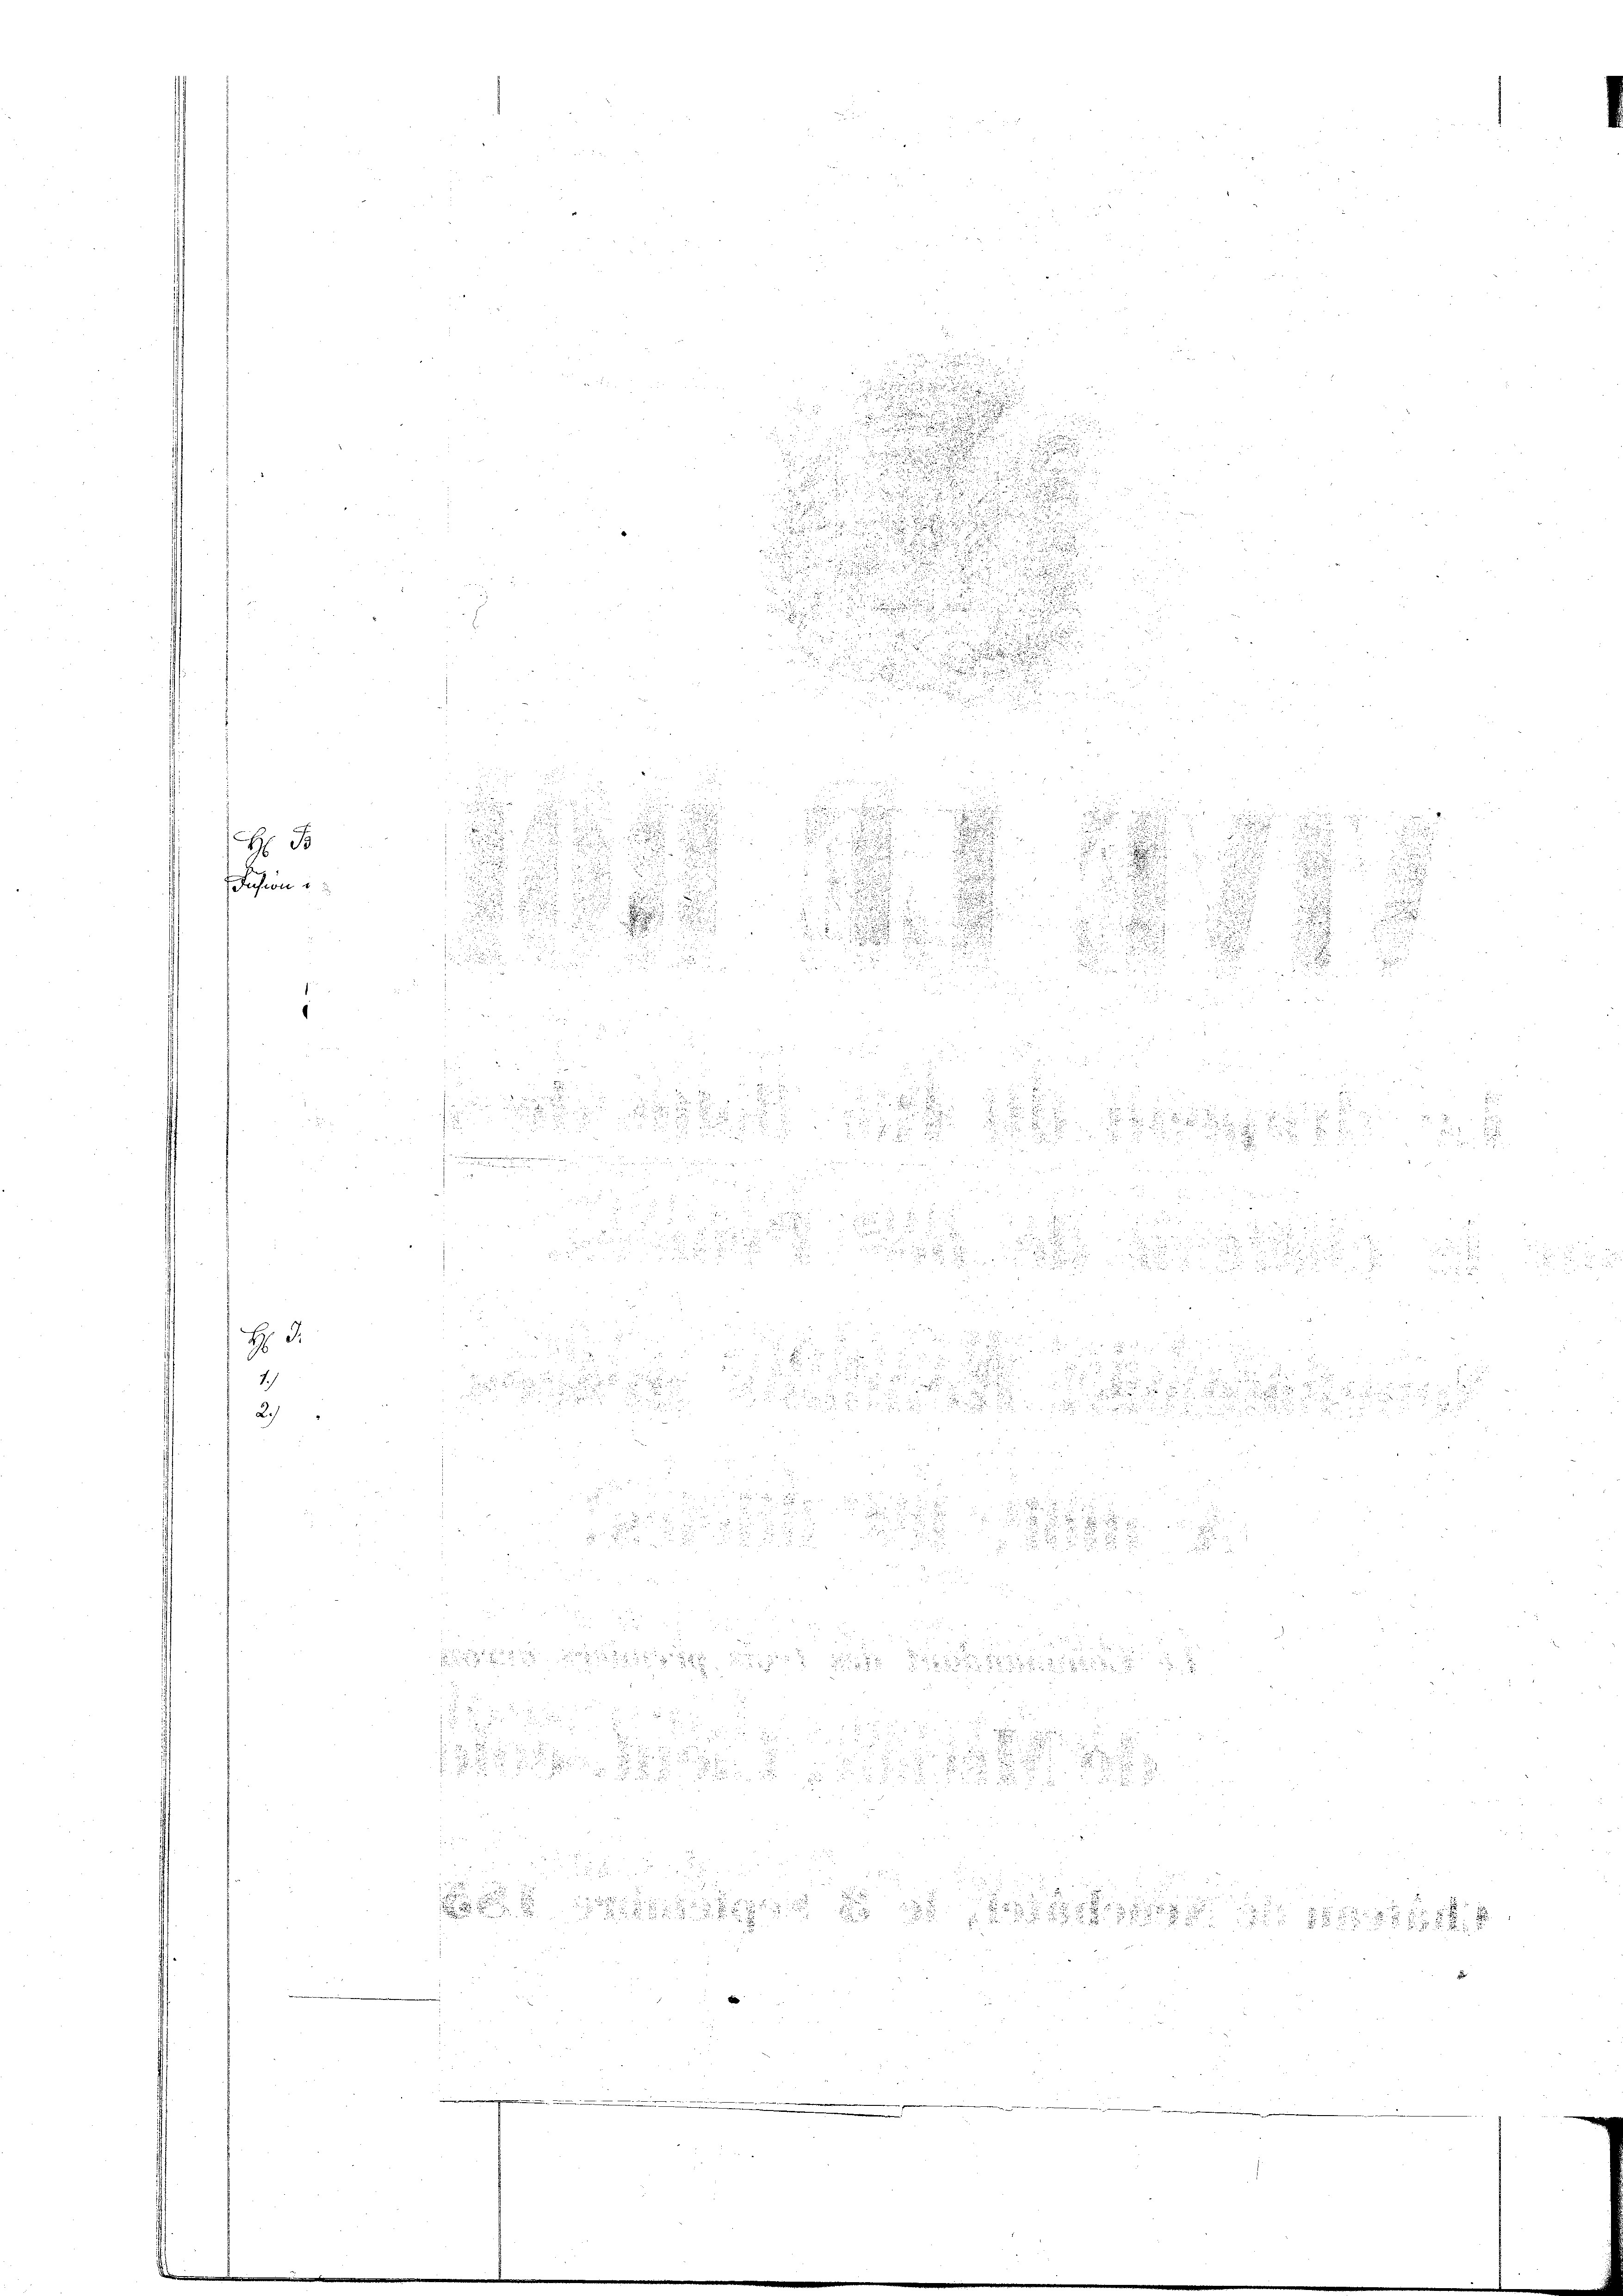
H B
Jusion

H

Praes

.
3

.

d

.
n
.
2
d
 x
n

¬

8
25
n
u

u
e

 x

n

20
u

u
2

.

degese
.

.

d

d
.

2

u

e

188

55

a

.

.

i
u

u
d
u

as Feuer unseren

2 x 2

den
.

2

s
i

.
2

.
.

e

d

.

d
d

.

e
.
.

d
4
d
8

.
.
.

2
 0 f 0 x
u. 25. d.
u

 15. d. d.

n
 xx
.

d

2
¬
 52

.

d
.
n

u